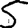
Digit: 5